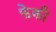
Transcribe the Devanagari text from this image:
फेकी